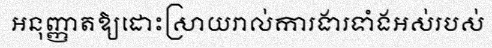
អនុញ្ញាតឱ្យដោះស្រាយរាល់ការងារទាំងអស់របស់